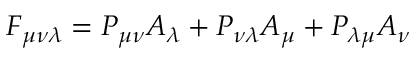
F _ { \mu \nu \lambda } = P _ { \mu \nu } A _ { \lambda } + P _ { \nu \lambda } A _ { \mu } + P _ { \lambda \mu } A _ { \nu }